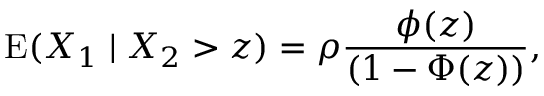
\operatorname { E } ( X _ { 1 } \mid X _ { 2 } > z ) = \rho { \frac { \phi ( z ) } { ( 1 - \Phi ( z ) ) } } ,